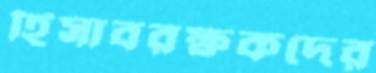
হিসাবরক্ষকদের